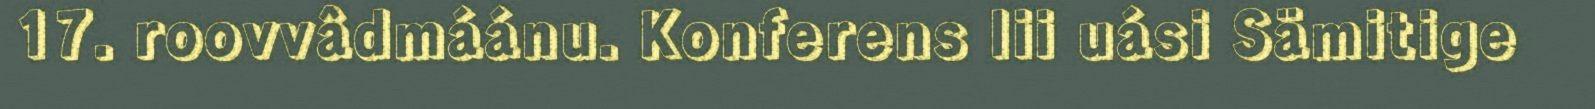
17. roovvâdmáánu. Konferens lii uási Sämitige